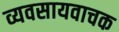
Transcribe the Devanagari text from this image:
व्यवसायवाचक